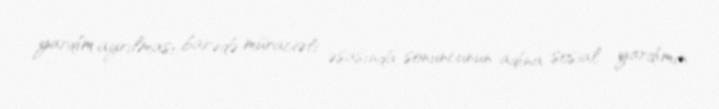
yardım ayrılması barədə müraciəti əsasında sonuncunun adına sosial yardımın